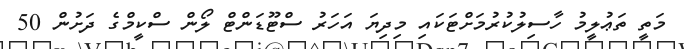
މަތީ ތަޢުލީމު ހާސިލުކުރުމަށްޓަކައި މިދިޔަ އަހަރު ސްޓޫޑަންޓް ލޯން ސްކީމްގެ ދަށުން 50